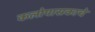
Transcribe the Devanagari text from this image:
कलोपासकाचे